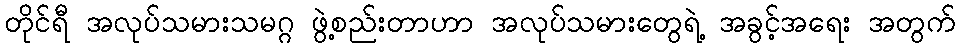
တိုင်ရီ အလုပ်သမားသမဂ္ဂ ဖွဲ့စည်းတာဟာ အလုပ်သမားတွေရဲ့ အခွင့်အရေး အတွက်